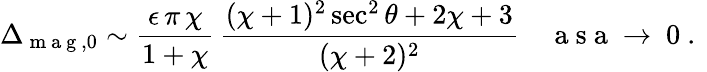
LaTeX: \Delta_{\mathrm{~m~a~g~},0}\sim\frac{\epsilon\, \pi\, \chi}{1+\chi}\, \frac{(\chi+1)^{2}\sec^{2}\theta+2\chi+3}{(\chi+2)^{2}}\quad\mathrm{~a~s~a~\to~0~.~}